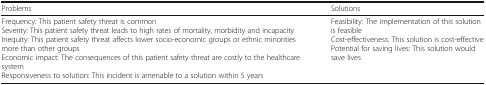
<table><thead><tr><td><b>Problems</b></td><td><b>Solutions</b></td></tr></thead><tbody><tr><td>Frequency: This patient safety threat is commonSeverity: This patient safety threat leads to high rates of mortality, morbidity and incapacityInequity: This patient safety threat affects lower socio-economic groups or ethnic minorities more than other groupsEconomic impact: The consequences of this patient safety threat are costly to the healthcare systemResponsiveness to solution: This incident is amenable to a solution within 5 years</td><td>Feasibility: The implementation of this solution is feasibleCost-effectiveness: This solution is cost-effectivePotential for saving lives: This solution would save lives</td></tr></tbody></table>